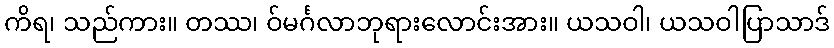
ကိရ၊ သည်ကား။ တဿ၊ ဝ်မင်္ဂလာဘုရားလောင်းအား။ ယသဝါ၊ ယသဝါပြာသာဒ်